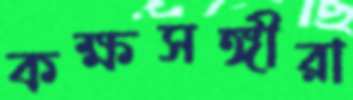
কক্ষসঙ্গীরা